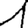
Digit: 1